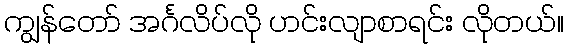
ကျွန်တော် အင်္ဂလိပ်လို ဟင်းလျာစာရင်း လိုတယ်။